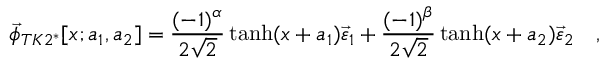
\vec { \phi } _ { T K 2 ^ { * } } [ x ; a _ { 1 } , a _ { 2 } ] = \frac { ( - 1 ) ^ { \alpha } } { 2 \sqrt { 2 } } \operatorname { t a n h } ( x + a _ { 1 } ) \vec { \varepsilon } _ { 1 } + \frac { ( - 1 ) ^ { \beta } } { 2 \sqrt { 2 } } \operatorname { t a n h } ( x + a _ { 2 } ) \vec { \varepsilon } _ { 2 } \quad ,